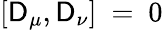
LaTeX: [\mathsf{D}_{\mu},\mathsf{D}_{\nu}]~=~0